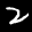
Label: 2